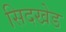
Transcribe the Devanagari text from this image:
सिदखेड